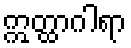
ဣတ္ထာဂါရာ